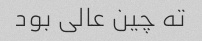
ته چین عالی بود